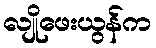
လျိုဖေးယွန်က